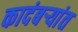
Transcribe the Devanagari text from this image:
कादंबऱ्यांत